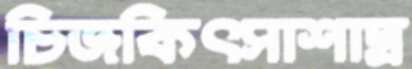
চিজকিৎসাশাস্ত্র